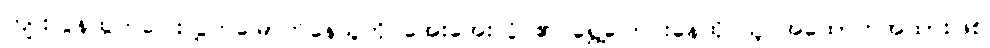
ကျူးလွန်ထွက်ပြေးလွှတ်မြောက်နေသူကို အေးအေးလှိုင်၏ ရွှေ့ပြောင်းနေထိုင်သူ အထောက်အထားဖြစ်